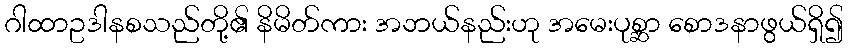
ဂါထာဥဒါနစသည်တို့၏ နိမိတ်ကား အဘယ်နည်းဟု အမေးပုစ္ဆာ စောဒနာဖွယ်ရှိ၍